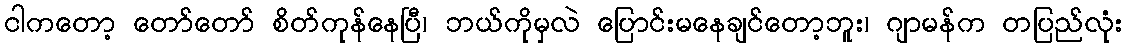
ငါကတော့ တော်တော် စိတ်ကုန်နေပြီ၊ ဘယ်ကိုမှလဲ ပြောင်းမနေချင်တော့ဘူး၊ ဂျာမန်က တပြည်လုံး